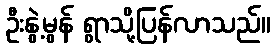
ဦးနွဲ့မွန် ရွာသို့ပြန်လာသည်။